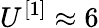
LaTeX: U^{[1]}\approx 6